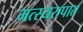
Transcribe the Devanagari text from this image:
मत्स्यरुपात